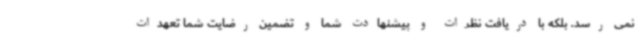
نمی رسد. بلکه با دریافت نظرات و پیشنهادت شما و تضمین رضایت شما تعهدات